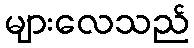
များလေသည်